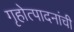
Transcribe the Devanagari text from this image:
गृहोत्पादनांची